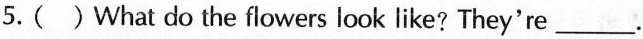
5.( )What do the flowers look like? They're___ .